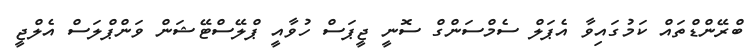
ބްރޭންޑްތައް ކަމުގައިވާ އެޕަލް ސެމްސަންގް ސޮނީ ޖީޕަސް ހުވާއީ ޕްލޭސްޓޭޝަން ވަންޕްލަސް އެލްޖީ